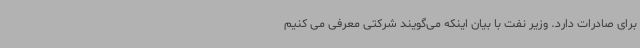
برای صادرات دارد. وزیر نفت با بیان اینکه می‌گویند شرکتی معرفی می کنیم